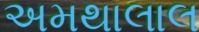
અમથાલાલ